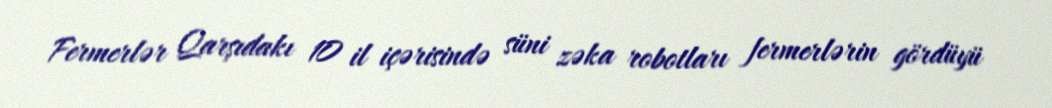
Fermerlər Qarşıdakı 10 il içərisində süni zəka robotları fermerlərin gördüyü